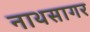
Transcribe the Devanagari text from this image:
नाथसागर